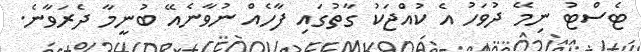
ޓެސްޓު ނިމޭ ދުވަހު އެ ކުއްޖަކު ގާތުގައި ފާހެއް ނުވާނެއޭ ބުނީމާ ދެރަވާނެ.